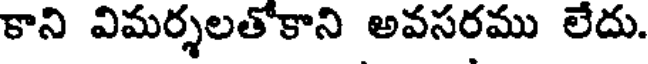
కాని విమర్శలతో కాని అవసరము లేదు.